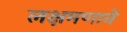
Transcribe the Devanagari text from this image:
लक्षमणाने